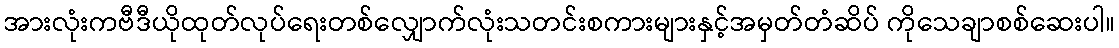
အားလုံးကဗီဒီယိုထုတ်လုပ်ရေးတစ်လျှောက်လုံးသတင်းစကားများနှင့်အမှတ်တံဆိပ် ကိုသေချာစစ်ဆေးပါ။